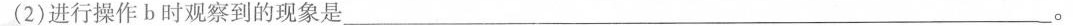
(2)进行操作b时观察到的现象是___